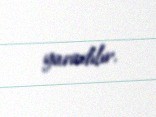
yaradılır.